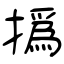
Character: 撝